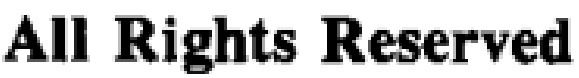
All Rights Reserved